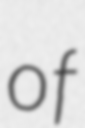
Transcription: of